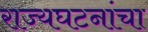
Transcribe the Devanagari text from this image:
राज्यघटनांचा